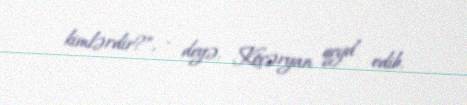
kimlərdir?”, - deyə, Köçəryan qeyd edib.